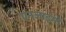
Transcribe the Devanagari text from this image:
एनजाइमों